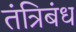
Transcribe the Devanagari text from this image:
तंत्रिबंध